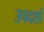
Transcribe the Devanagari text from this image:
उपदशों